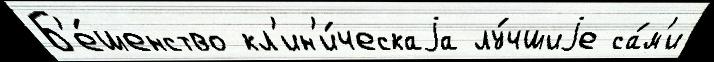
Б'е́шенство кл'ин'и́ческаjа лу́чшиjе са́м'и